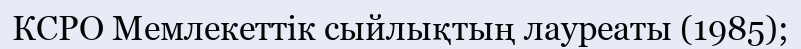
КСРО Мемлекеттік сыйлықтың лауреаты (1985);